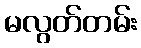
မလွတ်တမ်း